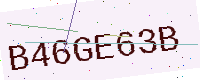
Text: B46GE63B